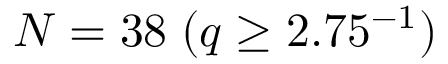
N = 3 8 \; ( q \geq 2 . 7 5 \AA ^ { - 1 } )